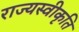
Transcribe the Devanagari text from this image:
राज्यस्वीकृति